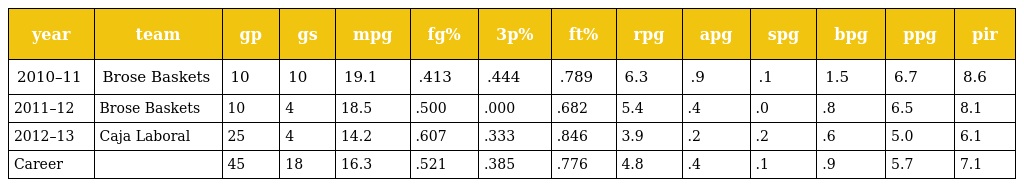
| year | team | gp | gs | mpg | fg% | 3p% | ft% | rpg | apg | spg | bpg | ppg | pir |
 | --- | --- | --- | --- | --- | --- | --- | --- | --- | --- | --- | --- | --- | --- |
 | 2010–11 | Brose Baskets | 10 | 10 | 19.1 | .413 | .444 | .789 | 6.3 | .9 | .1 | 1.5 | 6.7 | 8.6 |
 | 2011–12 | Brose Baskets | 10 | 4 | 18.5 | .500 | .000 | .682 | 5.4 | .4 | .0 | .8 | 6.5 | 8.1 |
 | 2012–13 | Caja Laboral | 25 | 4 | 14.2 | .607 | .333 | .846 | 3.9 | .2 | .2 | .6 | 5.0 | 6.1 |
 | Career |  | 45 | 18 | 16.3 | .521 | .385 | .776 | 4.8 | .4 | .1 | .9 | 5.7 | 7.1 |